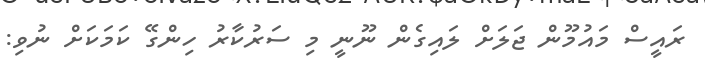
ރައީސް މައުމޫން ޖަލަށް ލައިގެން ނޫނީ މި ސަރުކާރު ހިންގޭ ކަމަކަށް ނުވި: